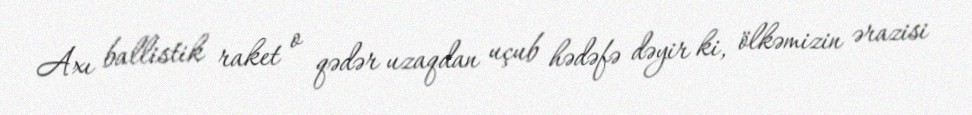
Axı ballistik raket o qədər uzaqdan uçub hədəfə dəyir ki, ölkəmizin ərazisi